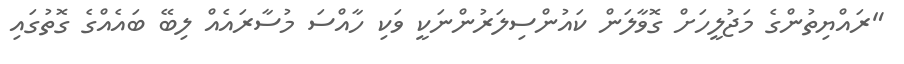
"ރައްޔިތުންގެ މަޖުލީހަށް ގޮވާލަން ކައުންސިލަރުންނަކީ ވަކި ހާއްސަ މުސާރައެއް ލިބޭ ބައެއްގެ ގޮތުގައި